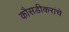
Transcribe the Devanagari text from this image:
कौसडीकरांचे